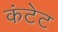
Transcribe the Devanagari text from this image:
कंटेट